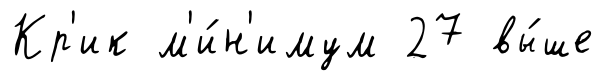
Кр'ик м'и́н'имум 27 вы́ше